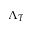
\Lambda _ { T }